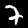
Label: 7